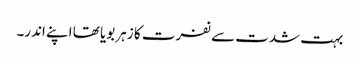
بہت شدت سے نفرت کا زہر بویا تھا اپنے اندر۔